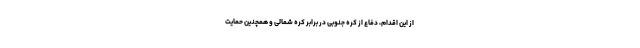
از این اقدام، دفاع از کره جنوبی در برابر کره شمالی و همچنین حمایت